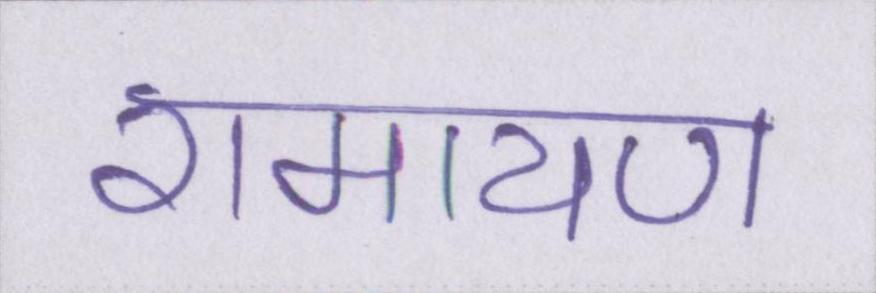
रामायण